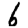
Digit: 6